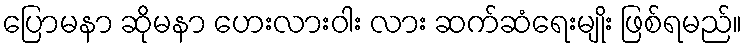
ပြောမနာ ဆိုမနာ ဟေးလားဝါး လား ဆက်ဆံရေးမျိုး ဖြစ်ရမည်။